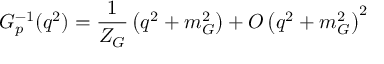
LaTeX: G _ { p } ^ { - 1 } ( q ^ { 2 } ) = \frac { 1 } { Z _ { G } } \left( q ^ { 2 } + m _ { G } ^ { 2 } \right) + { \cal O } \left( q ^ { 2 } + m _ { G } ^ { 2 } \right) ^ { 2 }